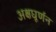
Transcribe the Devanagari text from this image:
अक्षघूर्णन